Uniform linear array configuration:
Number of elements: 48
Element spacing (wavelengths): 1
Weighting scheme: kaiser
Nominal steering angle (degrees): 30
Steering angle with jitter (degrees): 30.403
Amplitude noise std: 0.05
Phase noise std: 0.05

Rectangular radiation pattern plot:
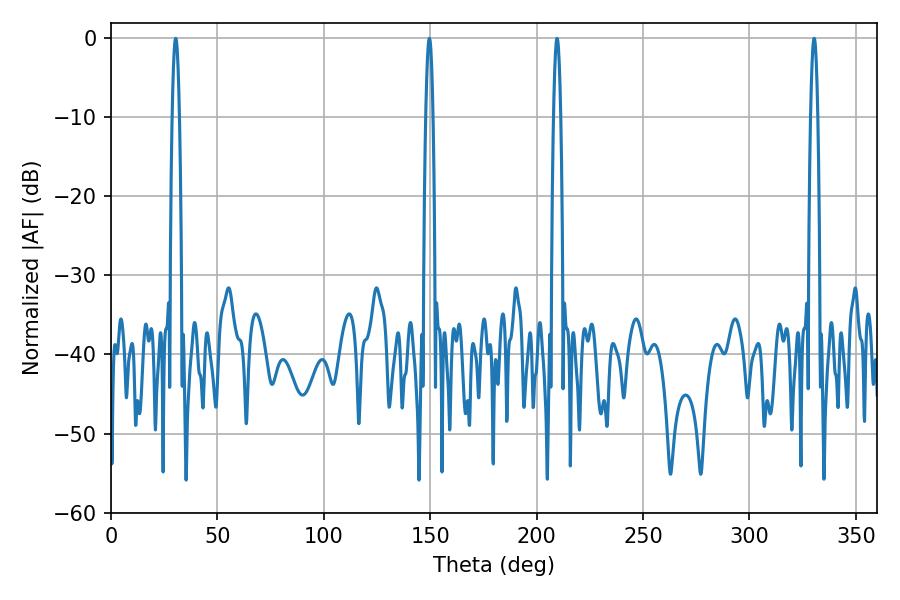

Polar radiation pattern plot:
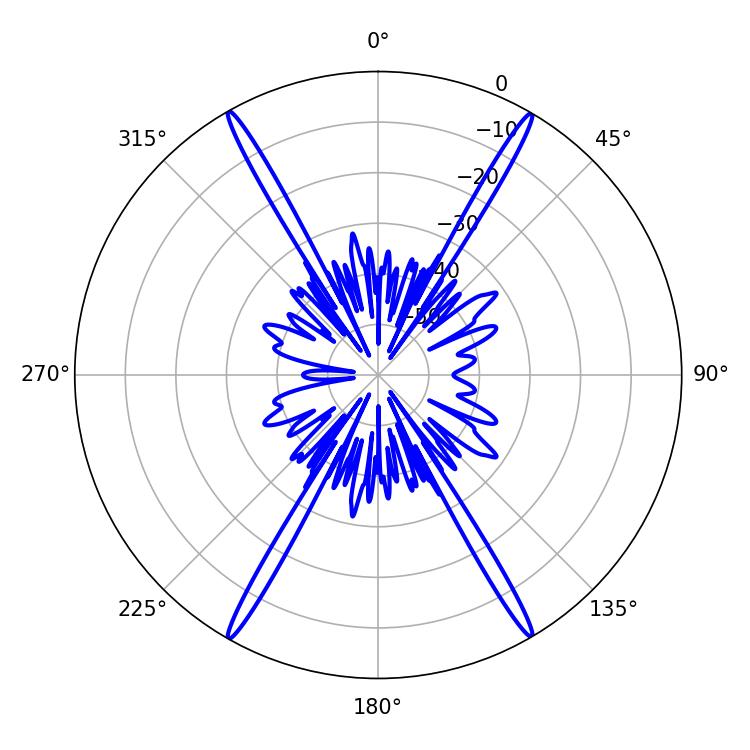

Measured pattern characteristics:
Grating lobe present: TRUE
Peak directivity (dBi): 32.041
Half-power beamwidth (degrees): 1.8
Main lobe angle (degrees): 30.42